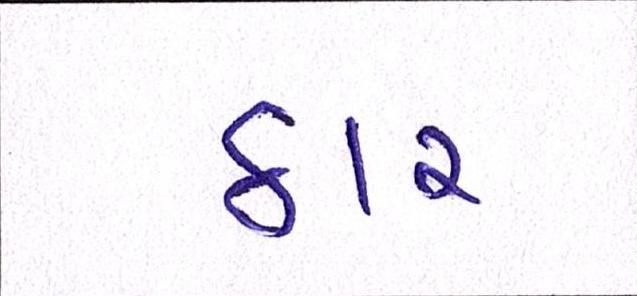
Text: ઠાર